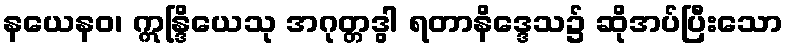
နယေနဝ၊ ဣန္ဒြိယေသု အဂုတ္တဒွါ ရတာနိဒ္ဒေသ၌ ဆိုအပ်ပြီးသော